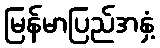
မြန်မာပြည်အနှံ့